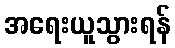
အရေးယူသွားရန်